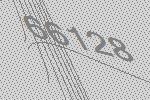
66128